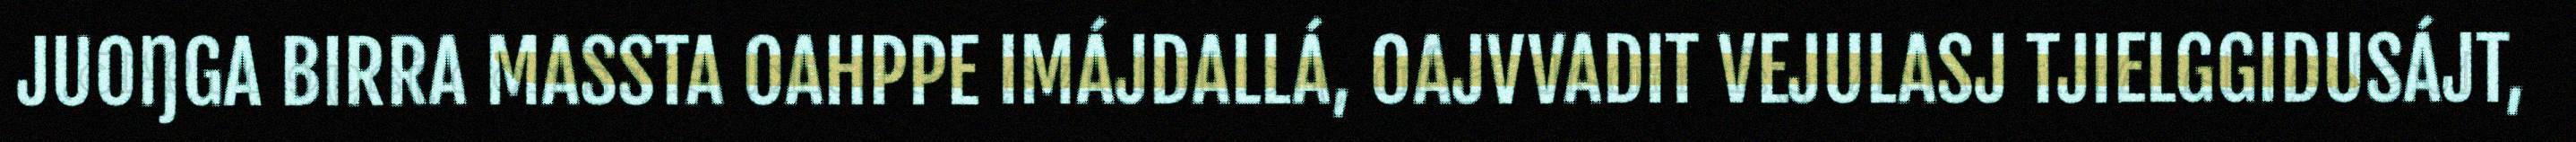
JUOŊGA BIRRA MASSTA OAHPPE IMÁJDALLÁ, OAJVVADIT VEJULASJ TJIELGGIDUSÁJT,